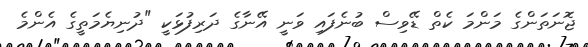
ޖޮނަތަންގެ މަންމަ ކެތް ޑޭވިސް ބުނެފައި ވަނީ އޭނާގެ ދަރިފުޅަކީ "ދުނިޔެމަތީގެ އެންމެ